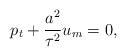
LaTeX: \begin{align*}p_t+\frac{a^2}{\tau^2} u_m=0, \end{align*}